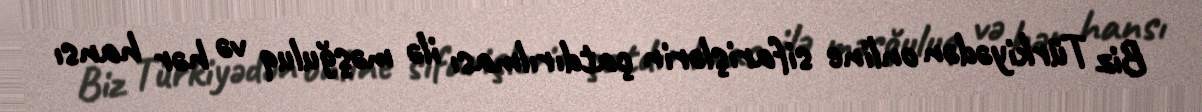
Biz Türkiyədən online sifarişlərin çatdırılması ilə məşğuluq və hər hansı